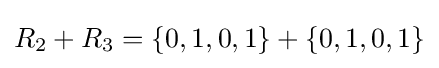
R_{2}+R_{3}=\{0,1,0,1\}+\{0,1,0,1\}